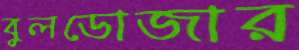
বুলডোজার